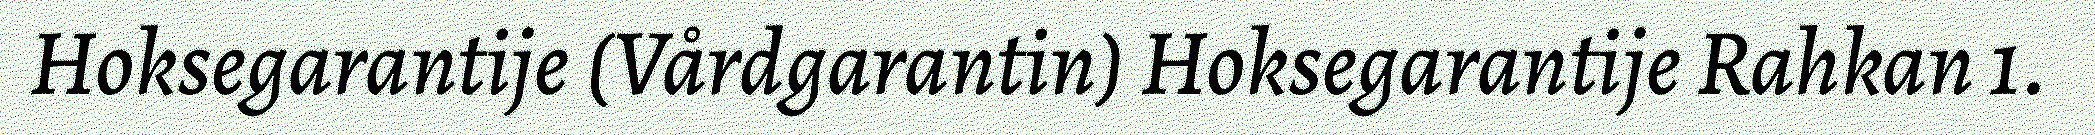
Hoksegarantije (Vårdgarantin) Hoksegarantije Rahkan 1.